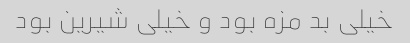
خیلی بد مزه بود و خیلی شیرین بود